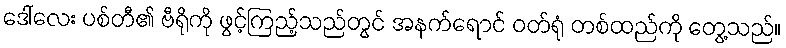
ဒေါ်လေး ပစ်တီ၏ ဗီရိုကို ဖွင့်ကြည့်သည်တွင် အနက်ရောင် ဝတ်ရုံ တစ်ထည်ကို တွေ့သည်။